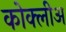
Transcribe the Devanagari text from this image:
कोक्लीअ